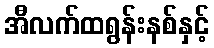
အီလက်ထရွန်းနစ်နှင့်